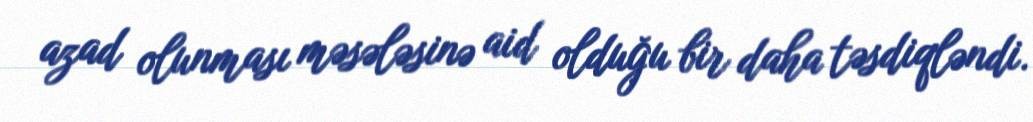
azad olunması məsələsinə aid olduğu bir daha təsdiqləndi.